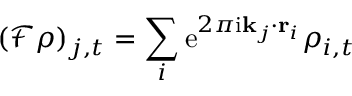
( \mathcal { F } \rho ) _ { j , t } = \sum _ { i } \mathrm { e } ^ { 2 \pi \mathrm { i } \mathbf { k } _ { j } \cdot \mathbf { r } _ { i } } \rho _ { i , t }